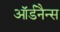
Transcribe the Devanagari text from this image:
ऑर्डनैन्स